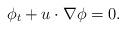
LaTeX: \begin{align*}\phi_t+u\cdot \nabla \phi=0.\end{align*}